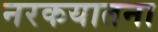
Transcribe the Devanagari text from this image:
नरकयातना